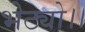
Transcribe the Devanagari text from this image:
भेट्यो।।